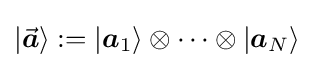
|{\vec {\boldsymbol {a}}}\rangle :=|{\boldsymbol {a}}_{1}\rangle \otimes \dots \otimes |{\boldsymbol {a}}_{N}\rangle